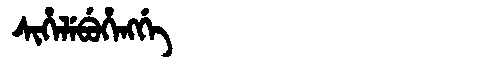
Manchu: ᠰᡳᡥᡝᠯᡝᠪᡠᡥᡝᠩᡤᡝ
Romanization: SIHELEBUHENGGE